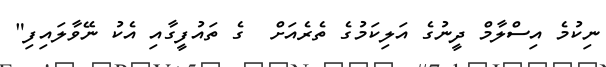
ނިކުމެ އިސްލާމް ދީނުގެ އަލިކަމުގެ ތެރެއަށް  ގެ ތައުފީގާއި އެކު ނޭވާލައިފި"